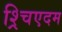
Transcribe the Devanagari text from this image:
श्र्चिएदम